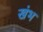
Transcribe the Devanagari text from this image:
खंभ